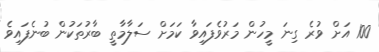
100 އަށް ވުރެ ގިނަ މީހުން މަރުވެފައިވާ ކަމަށް ސަލާމާތީ ބާރުތަކުން ބުނެފައިވެ